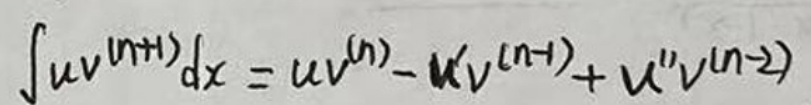
$\int uv^{(n + 1)}dx = uv^{(n)} - u'v^{(n + 1)} + u''v^{(n - 2)}$